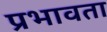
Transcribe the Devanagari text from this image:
प्रभावता